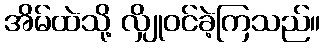
အိမ်ထဲသို့ လျှိုဝင်ခဲ့ကြသည်။